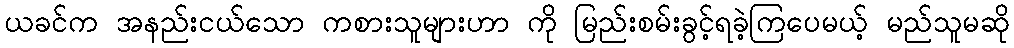
ယခင်က အနည်းငယ်သော ကစားသူများဟာ ကို မြည်းစမ်းခွင့်ရခဲ့ကြပေမယ့် မည်သူမဆို